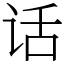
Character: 话